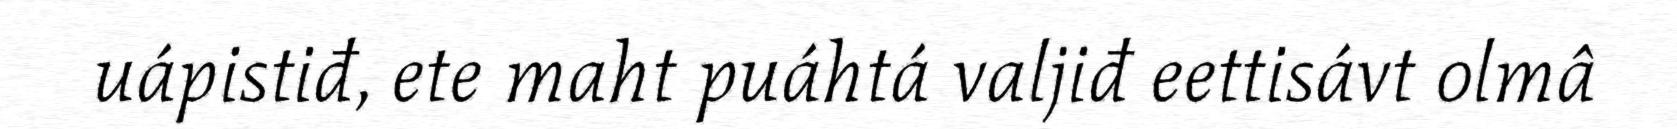
uápistiđ, ete maht puáhtá valjiđ eettisávt olmâ